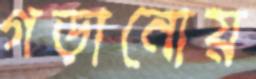
গড়ানোয়